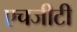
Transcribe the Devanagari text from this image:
एचजीटी